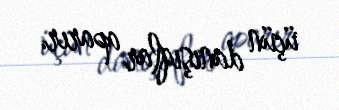
üçün danışıqlar aparır.